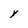
Character: Y